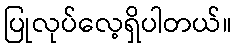
ပြုလုပ်လေ့ရှိပါတယ်။